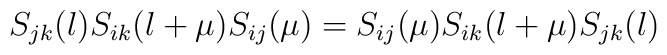
S_{jk}(\l)S_{ik}(\l+\mu)S_{ij}(\mu)	=S_{ij}(\mu)S_{ik}(\l+\mu)S_{jk}(\l)